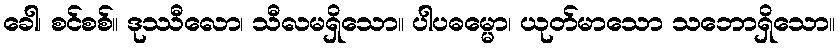
ခေါ၊ စင်စစ်။ ဒုဿီလော၊ သီလမရှိသော။ ပါပဓမ္မော၊ ယုတ်မာသော သဘောရှိသော။